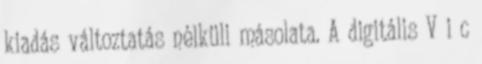
kiadás változtatás nélküli másolata. A digitális V i c